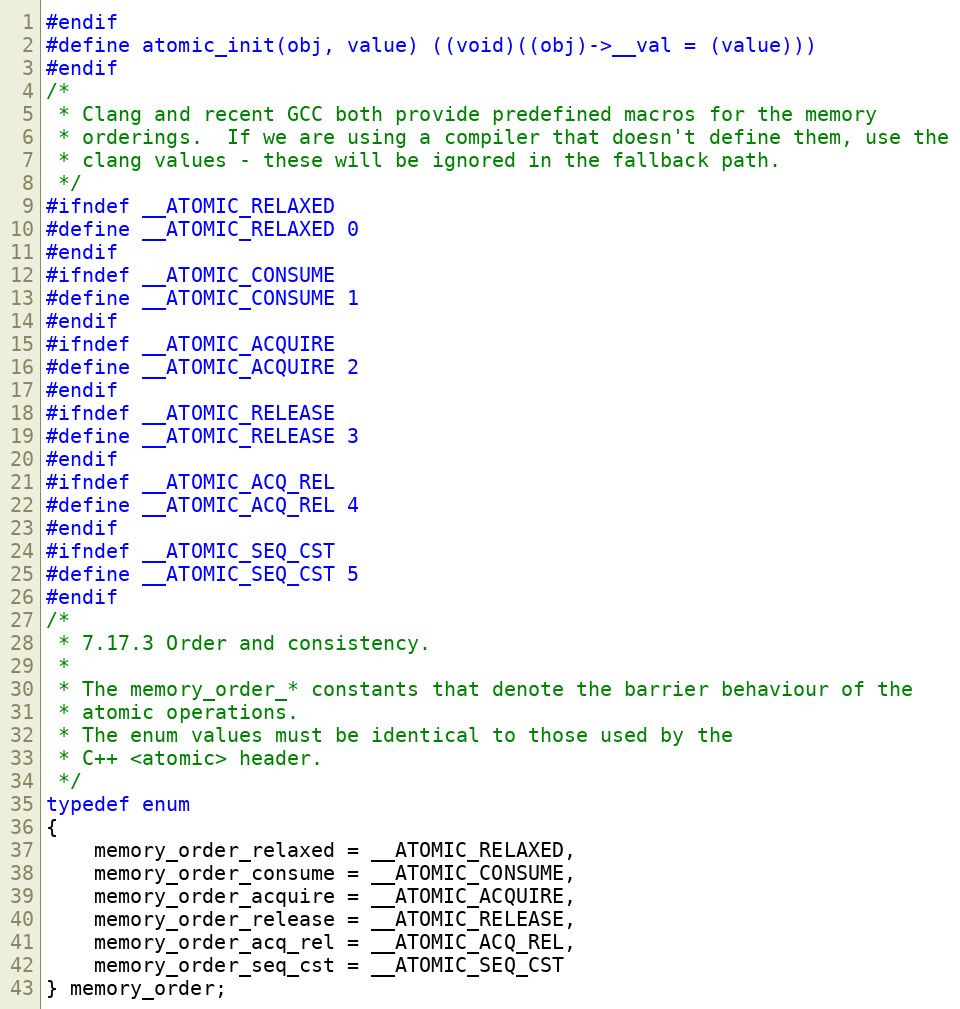
Language: C
#endif
#define atomic_init(obj, value) ((void)((obj)->__val = (value)))
#endif
/*
 * Clang and recent GCC both provide predefined macros for the memory
 * orderings.  If we are using a compiler that doesn't define them, use the
 * clang values - these will be ignored in the fallback path.
 */
#ifndef __ATOMIC_RELAXED
#define __ATOMIC_RELAXED 0
#endif
#ifndef __ATOMIC_CONSUME
#define __ATOMIC_CONSUME 1
#endif
#ifndef __ATOMIC_ACQUIRE
#define __ATOMIC_ACQUIRE 2
#endif
#ifndef __ATOMIC_RELEASE
#define __ATOMIC_RELEASE 3
#endif
#ifndef __ATOMIC_ACQ_REL
#define __ATOMIC_ACQ_REL 4
#endif
#ifndef __ATOMIC_SEQ_CST
#define __ATOMIC_SEQ_CST 5
#endif
/*
 * 7.17.3 Order and consistency.
 *
 * The memory_order_* constants that denote the barrier behaviour of the
 * atomic operations.
 * The enum values must be identical to those used by the
 * C++ <atomic> header.
 */
typedef enum
{
    memory_order_relaxed = __ATOMIC_RELAXED,
    memory_order_consume = __ATOMIC_CONSUME,
    memory_order_acquire = __ATOMIC_ACQUIRE,
    memory_order_release = __ATOMIC_RELEASE,
    memory_order_acq_rel = __ATOMIC_ACQ_REL,
    memory_order_seq_cst = __ATOMIC_SEQ_CST
} memory_order;